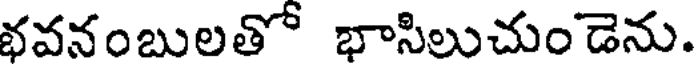
భవనంబులతో భాసిలుచుండెను.